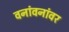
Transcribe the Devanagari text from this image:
वनांवनांवर